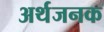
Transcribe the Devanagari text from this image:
अर्थजनक